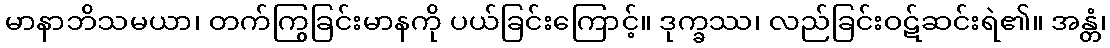
မာနာဘိသမယာ၊ တက်ကြွခြင်းမာနကို ပယ်ခြင်းကြောင့်။ ဒုက္ခဿ၊ လည်ခြင်းဝဋ်ဆင်းရဲ၏။ အန္တံ၊